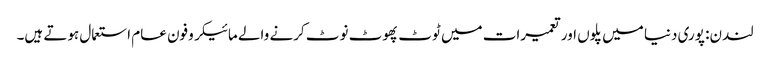
لندن: پوری دنیا میں پلوں اور تعمیرات میں ٹوٹ پھوٹ نوٹ کرنے والے مائیکروفون عام استعمال ہوتے ہیں۔